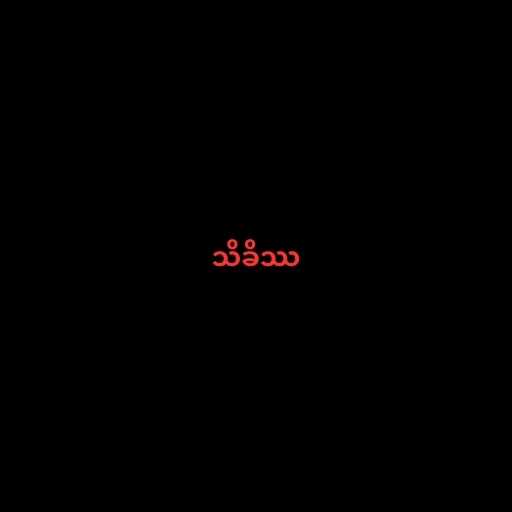
သိခိဿ